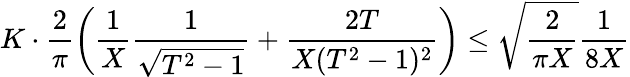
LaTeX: K\cdot\frac{2}{\pi}\left(\frac{1}{X}\frac{1}{\sqrt{T^{2}-1}}+\frac{2T}{X(T^{2}-1)^{2}}\right)\le\sqrt{\frac{2}{\pi X}}\frac{1}{8X}